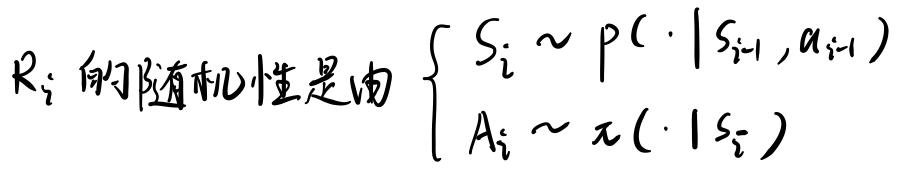
$R_i  $的随机性是由$  \left\{\begin{array}{l}S_i \sim p(\cdot|S_{i - 1},a_{i - 1})A_i \sim \pi(\cdot|S_i)\end{array}\right.$